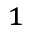
_ { 1 }